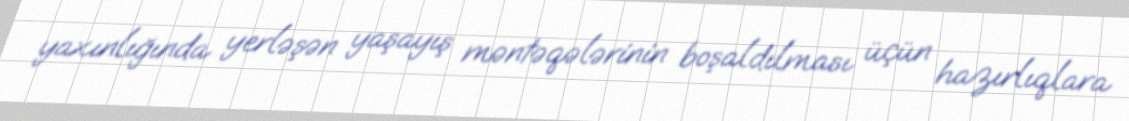
yaxınlığında yerləşən yaşayış məntəqələrinin boşaldılması üçün hazırlıqlara